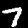
Digit: 7